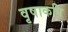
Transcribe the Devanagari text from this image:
वृषाकपि